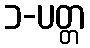
၁-ပတ္တ